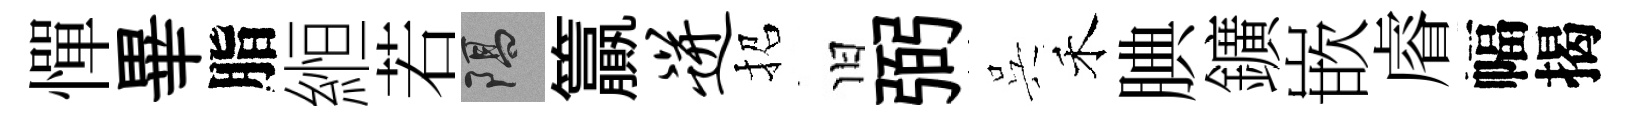
憚畢脂縆若隔籯迸招旧弼呉禾腆鑛嵌𥈠幅揭